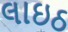
લાઇઠ